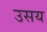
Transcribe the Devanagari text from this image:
उसय